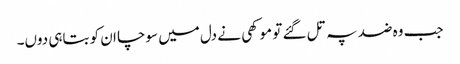
جب وہ ضد پہ تل گئے تو موکھی نے دل میں سوچا ان کو بتاہی دوں۔